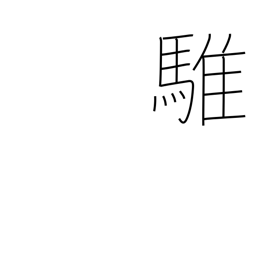
Meaning: grey horse